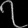
Digit: ၇